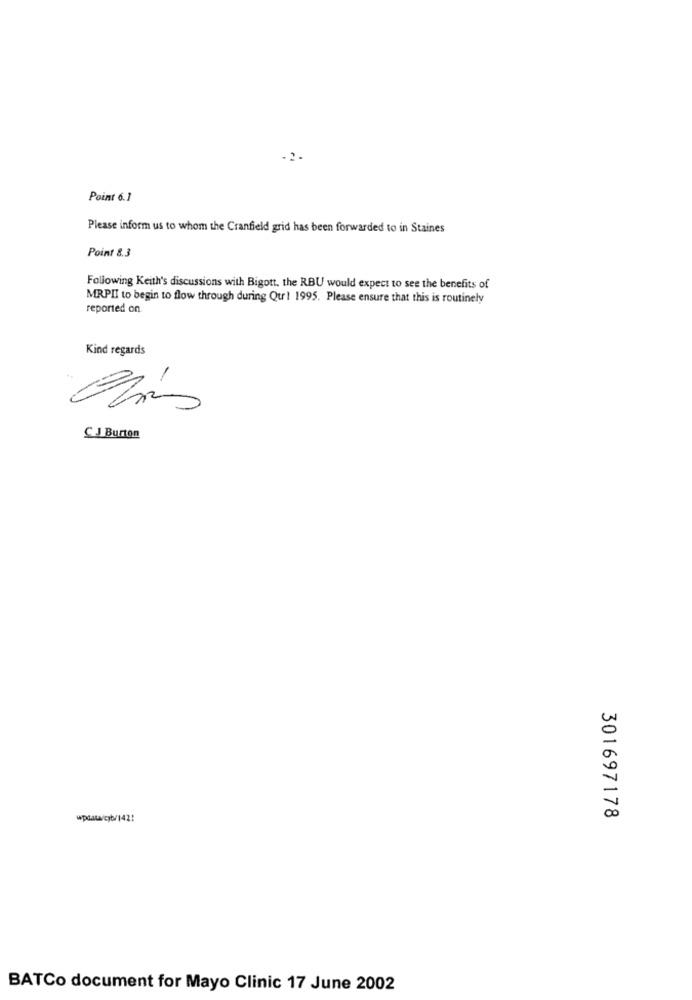
Point 6.1
Please inform us to whom the Cranfield grid has been forwarded to in Staines
Point 8.3
Following Keith's discussions with Bigott, the RBU would expect to see the benefits of
MRPII to begin to flow through during Qur! 1995. Please ensure that this is routinely
reported on
Kind regards
C.J Burton
wpdawcyb/1421
301697178
BATCo document for Mayo Clinic 17 June 2002